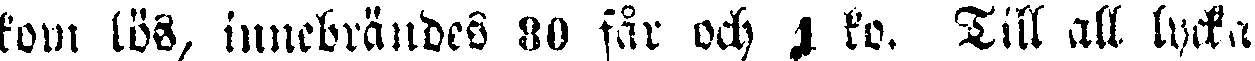
kom lös, innebrändes 80 får och 1 ko. Till all lycka